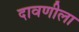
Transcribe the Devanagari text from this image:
दावणीला